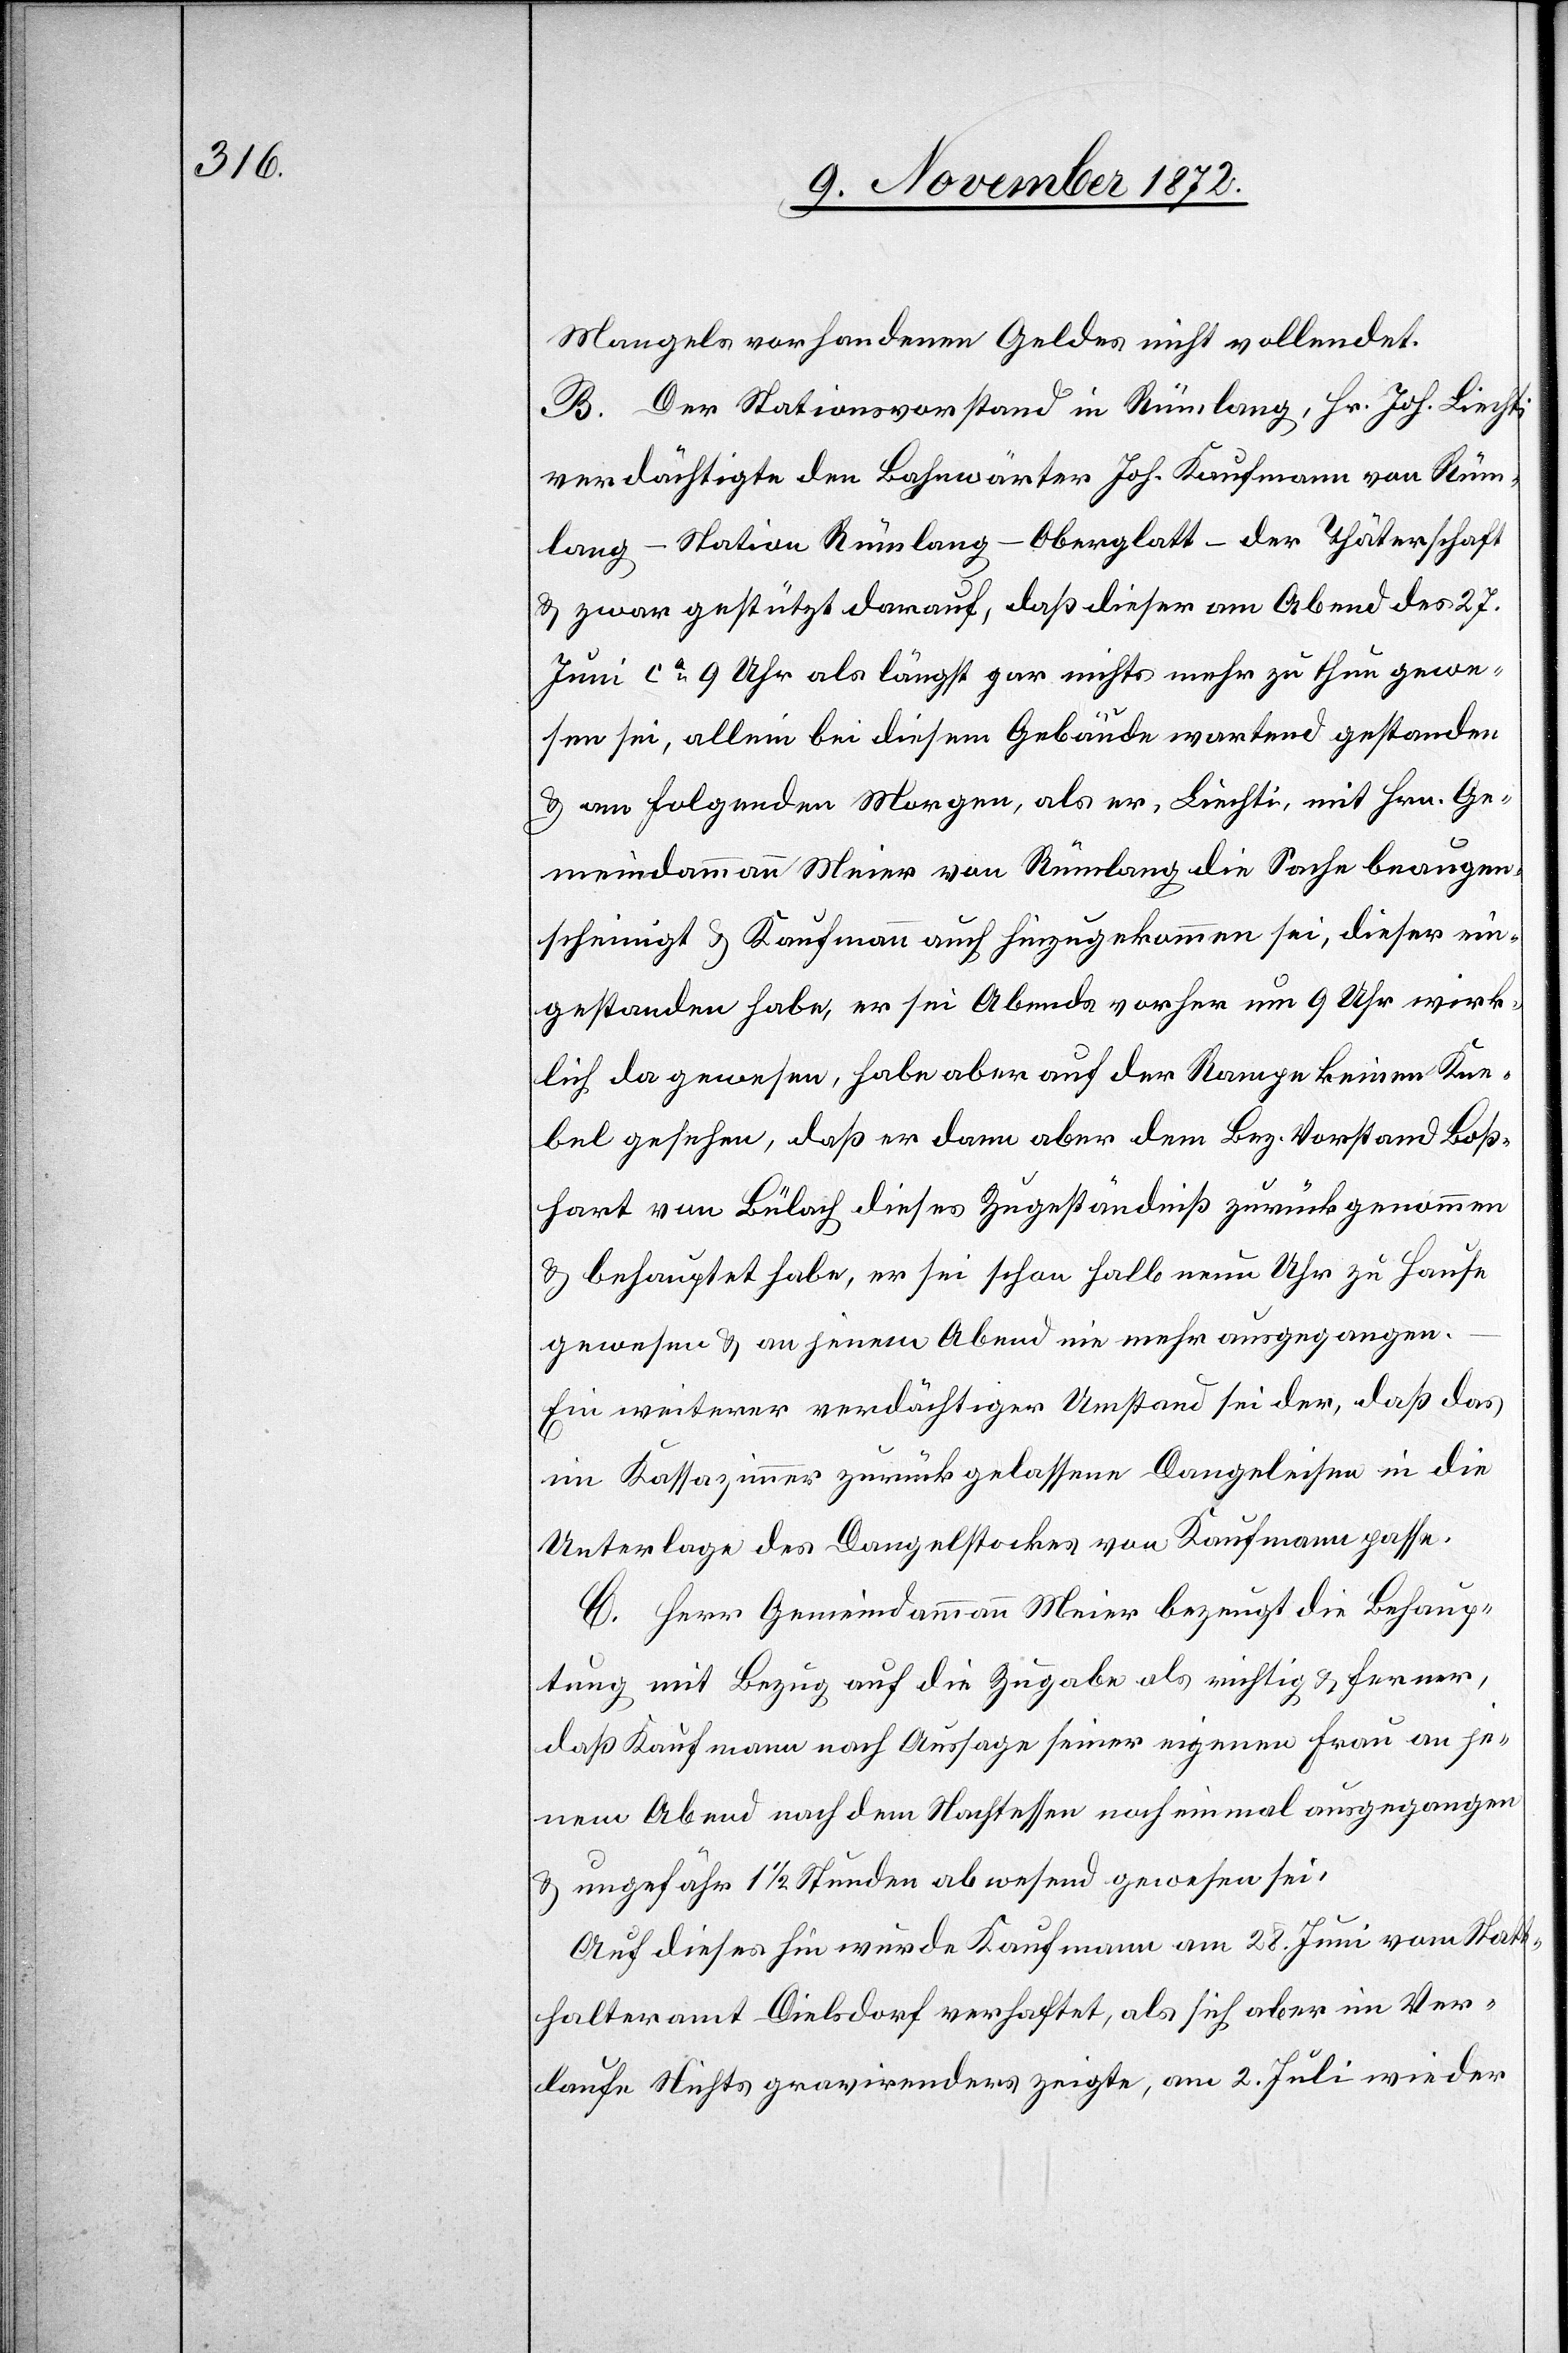
Mangels vorhandenen Geldes nicht vollendet.
B. Der Stationsvorstand in Rümlang, Hr. Joh. Liechti
verdächtigte den Bahnwärter Joh. Kaufmann von Rüm¬
lang – Station Rümlang-Oberglatt – der Thäterschaft
u. zwar gestützt darauf, daß dieser am Abend des 27.
Juni ca 9 Uhr als längst gar nichts mehr zu thun gewe¬
sen sei, allein bei diesem Gebäude wartend gestanden
u. am folgenden Morgen, als er, Liechti, mit Hrn. Ge¬
meindsammann Meier von Rümlang die Sache beaugen¬
scheinigt u. Kaufmann auch hinzugekommen sei, dieser ein¬
gestanden habe, er sei Abends vorher um 9 Uhr wirk¬
lich da gewesen, habe aber auf der Rampe keinen Kne¬
bel gesehen, daß er dann aber dem Bez. Vorstand Boß¬
hart von Bülach dieses Zugeständniß zurückgenommen
u. behauptet habe, er sei schon halb neun Uhr zu Hause
gewesen u. an jenem Abend nie mehr ausgegangen.
Ein weiterer verdächtiger Umstand sei der, daß das
im Kassazimmer zurückgelassene Dangeleisen in die
Unterlage des Dangelstockes von Kaufmann passe.
C. Herr Gemeindammann Meier bezeugt die Behaup¬
tung mit Bezug auf die Zugabe als richtig u. ferner,
daß Kaufmann nach Aussage seiner eigenen Frau an je¬
nem Abend nach dem Nachtessen noch einmal ausgegangen
u. ungefähr 1 1/2 Stunden abwesend gewesen sei.
Auf dieses hin wurde Kaufmann am 28. Juni vom Statt¬
halteramt Dielsdorf verhaftet, als sich aber im Ver¬
laufe Nichts gravirendes zeigte, am 2. Juli wieder